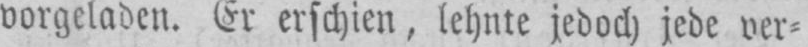
vorgeladen. Er erschien, lehnte jedoch jede ver⸗